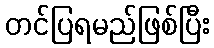
တင်ပြရမည်ဖြစ်ပြီး